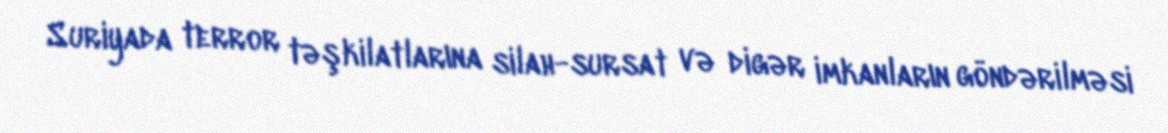
Suriyada terror təşkilatlarına silah-sursat və digər imkanların göndərilməsi